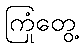
ကြုံတွေ့